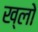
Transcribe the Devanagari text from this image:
ख्लो